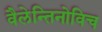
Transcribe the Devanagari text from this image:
वैलेन्तिनोविच